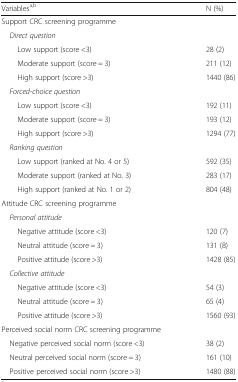
<table><thead><tr><td><b>Variables<sup>a,b</sup></b></td><td><b>N (%)</b></td></tr></thead><tbody><tr><td colspan="2">Support CRC screening programme</td></tr><tr><td colspan="2"> <i>Direct question</i></td></tr><tr><td>Low support (score &lt;3)</td><td>28 (2)</td></tr><tr><td>Moderate support (score = 3)</td><td>211 (12)</td></tr><tr><td>High support (score &gt;3)</td><td>1440 (86)</td></tr><tr><td colspan="2"> <i>Forced-choice question</i></td></tr><tr><td>Low support (score &lt;3)</td><td>192 (11)</td></tr><tr><td>Moderate support (score = 3)</td><td>193 (12)</td></tr><tr><td>High support (score &gt;3)</td><td>1294 (77)</td></tr><tr><td colspan="2"> <i>Ranking question</i></td></tr><tr><td>Low support (ranked at No. 4 or 5)</td><td>592 (35)</td></tr><tr><td>Moderate support (ranked at No. 3)</td><td>283 (17)</td></tr><tr><td>High support (ranked at No. 1 or 2)</td><td>804 (48)</td></tr><tr><td colspan="2">Attitude CRC screening programme</td></tr><tr><td colspan="2"> <i>Personal attitude</i></td></tr><tr><td>Negative attitude (score &lt;3)</td><td>120 (7)</td></tr><tr><td>Neutral attitude (score = 3)</td><td>131 (8)</td></tr><tr><td>Positive attitude (score &gt;3)</td><td>1428 (85)</td></tr><tr><td colspan="2"> <i>Collective attitude</i></td></tr><tr><td>Negative attitude (score &lt;3)</td><td>54 (3)</td></tr><tr><td>Neutral attitude (score = 3)</td><td>65 (4)</td></tr><tr><td>Positive attitude (score &gt;3)</td><td>1560 (93)</td></tr><tr><td colspan="2">Perceived social norm CRC screening programme</td></tr><tr><td> Negative perceived social norm (score &lt;3)</td><td>38 (2)</td></tr><tr><td> Neutral perceived social norm (score = 3)</td><td>161 (10)</td></tr><tr><td> Positive perceived social norm (score &gt;3)</td><td>1480 (88)</td></tr></tbody></table>